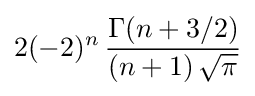
2(-2)^{n}\,{\frac {\Gamma (n+3/2)}{(n+1)\,{\sqrt {\pi }}}}